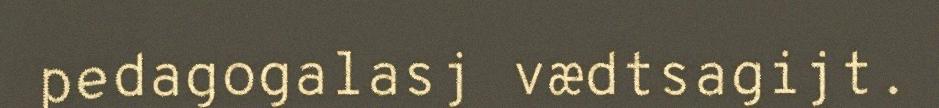
pedagogalasj vædtsagijt.